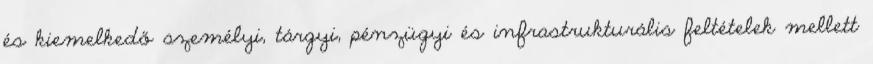
és kiemelkedő személyi, tárgyi, pénzügyi és infrastrukturális feltételek mellett